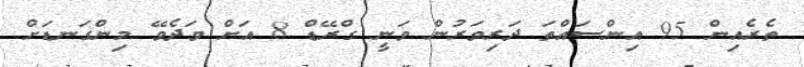
ތެރެއިން 95 އިންސައްތަ ދަރިވަރުން ވަނީ ގްރޭޑް 8 އަށް ވަދެވޭ މިންގަނޑަށް